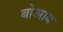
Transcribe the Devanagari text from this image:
बोआब